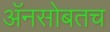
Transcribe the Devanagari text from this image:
अॅनसोबतच